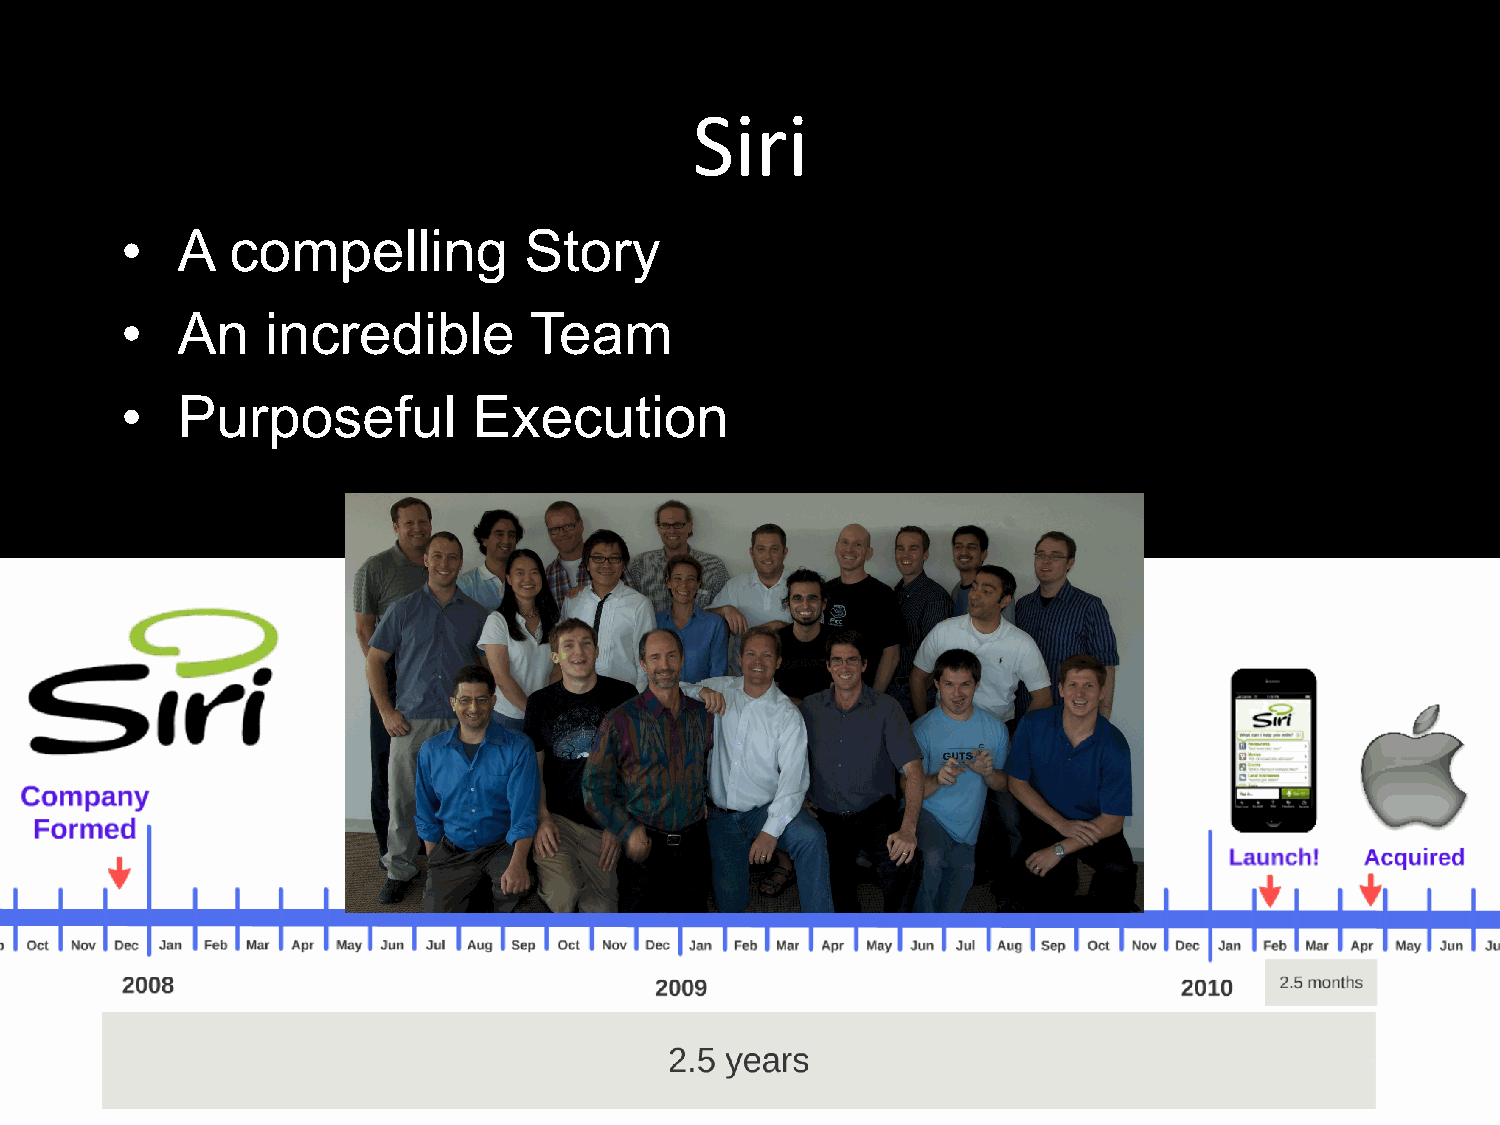
Siri
 •   A  compelling          Story
 •   An    incredible       Team
 •   Purposeful         Execution